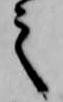
之